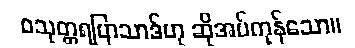
ဝသုတ္တရပြာသာဒ်ဟု ဆိုအပ်ကုန်သော။